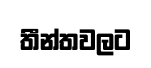
තීන්තවලට